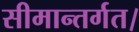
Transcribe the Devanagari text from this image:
सीमान्तर्गत।